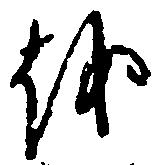
を